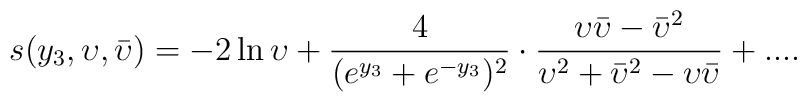
s(y_{3},\upsilon,\bar {\upsilon})= -2\ln \upsilon +\frac{4}{(e^{y_{3}}+e^{-y_{3}})^{2}}\cdot\frac{\upsilon{\bar \upsilon} -{\bar \upsilon^{2}}}{\upsilon^{2}+{\bar \upsilon}^{2}-\upsilon{\bar \upsilon}}+....